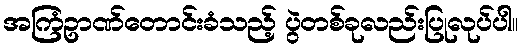
အကြံဥာဏ်တောင်းခံသည့် ပွဲတစ်ခုလည်းပြုလုပ်ပါ။